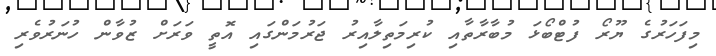
މިފަހަރުގެ ޔޫރޯ ފުޓްބޯޅަ މުބާރާތާއި ކުރިމަތިލާއިރު ޖަރުމަންގައި އޮތީ ވަރަށް ޒުވާން ހުނަރުވެރި